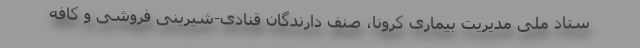
ستاد ملی مدیریت بیماری کرونا، صنف دارندگان قنادی-شیرینی فروشی و کافه